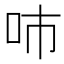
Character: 𠰼